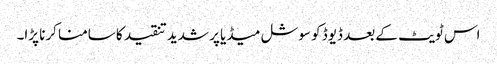
اس ٹویٹ کے بعد ڈیوڈ کو سوشل میڈیا پر شدید تنقید کا سامنا کرنا پڑا۔